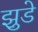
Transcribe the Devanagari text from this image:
झुडे